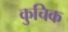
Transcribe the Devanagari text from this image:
कुचिक